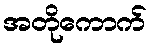
အတိုကောက်